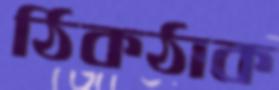
ঠিকঠাক